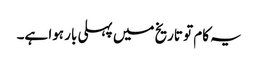
یہ کام تو تاریخ میں پہلی بار ہوا ہے۔